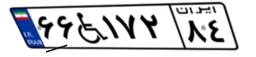
۶۶W۱۷۲۸۴